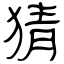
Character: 猜